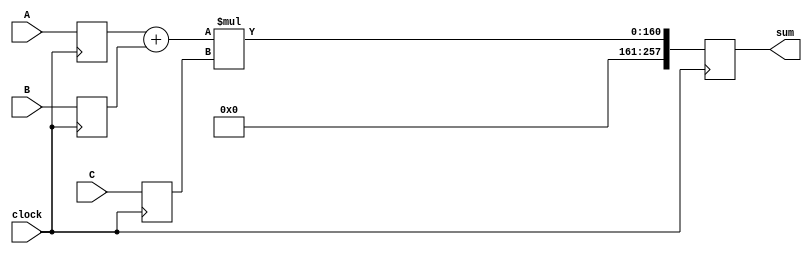
module TimingAnalyzer(clock, A, B, C, sum);
	input clock;
	localparam input_width = 128;
	localparam sum_width = 258;
	localparam mult_width = 32;
	
	input [input_width-1:0] A,B;
	input [mult_width-1:0] C;
	output [sum_width-1:0] sum;

	reg [input_width-1:0] reg_A, reg_B 	/* synthesis keep */;
	reg [mult_width-1:0] reg_C 			/* synthesis keep */;
	reg [sum_width-1:0] reg_sum 			/* synthesis keep */;

	always @(posedge clock)
	begin
		reg_A <= A;
		reg_B <= B;
		reg_C <= C;
		reg_sum <= (reg_A + reg_B) * reg_C;
	end
	
	assign sum = reg_sum;
	
endmodule